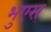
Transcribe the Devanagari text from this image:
भुएस्‌